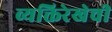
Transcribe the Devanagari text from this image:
व्यक्तिरेखेची